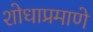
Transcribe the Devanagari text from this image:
शोधाप्रमाणे